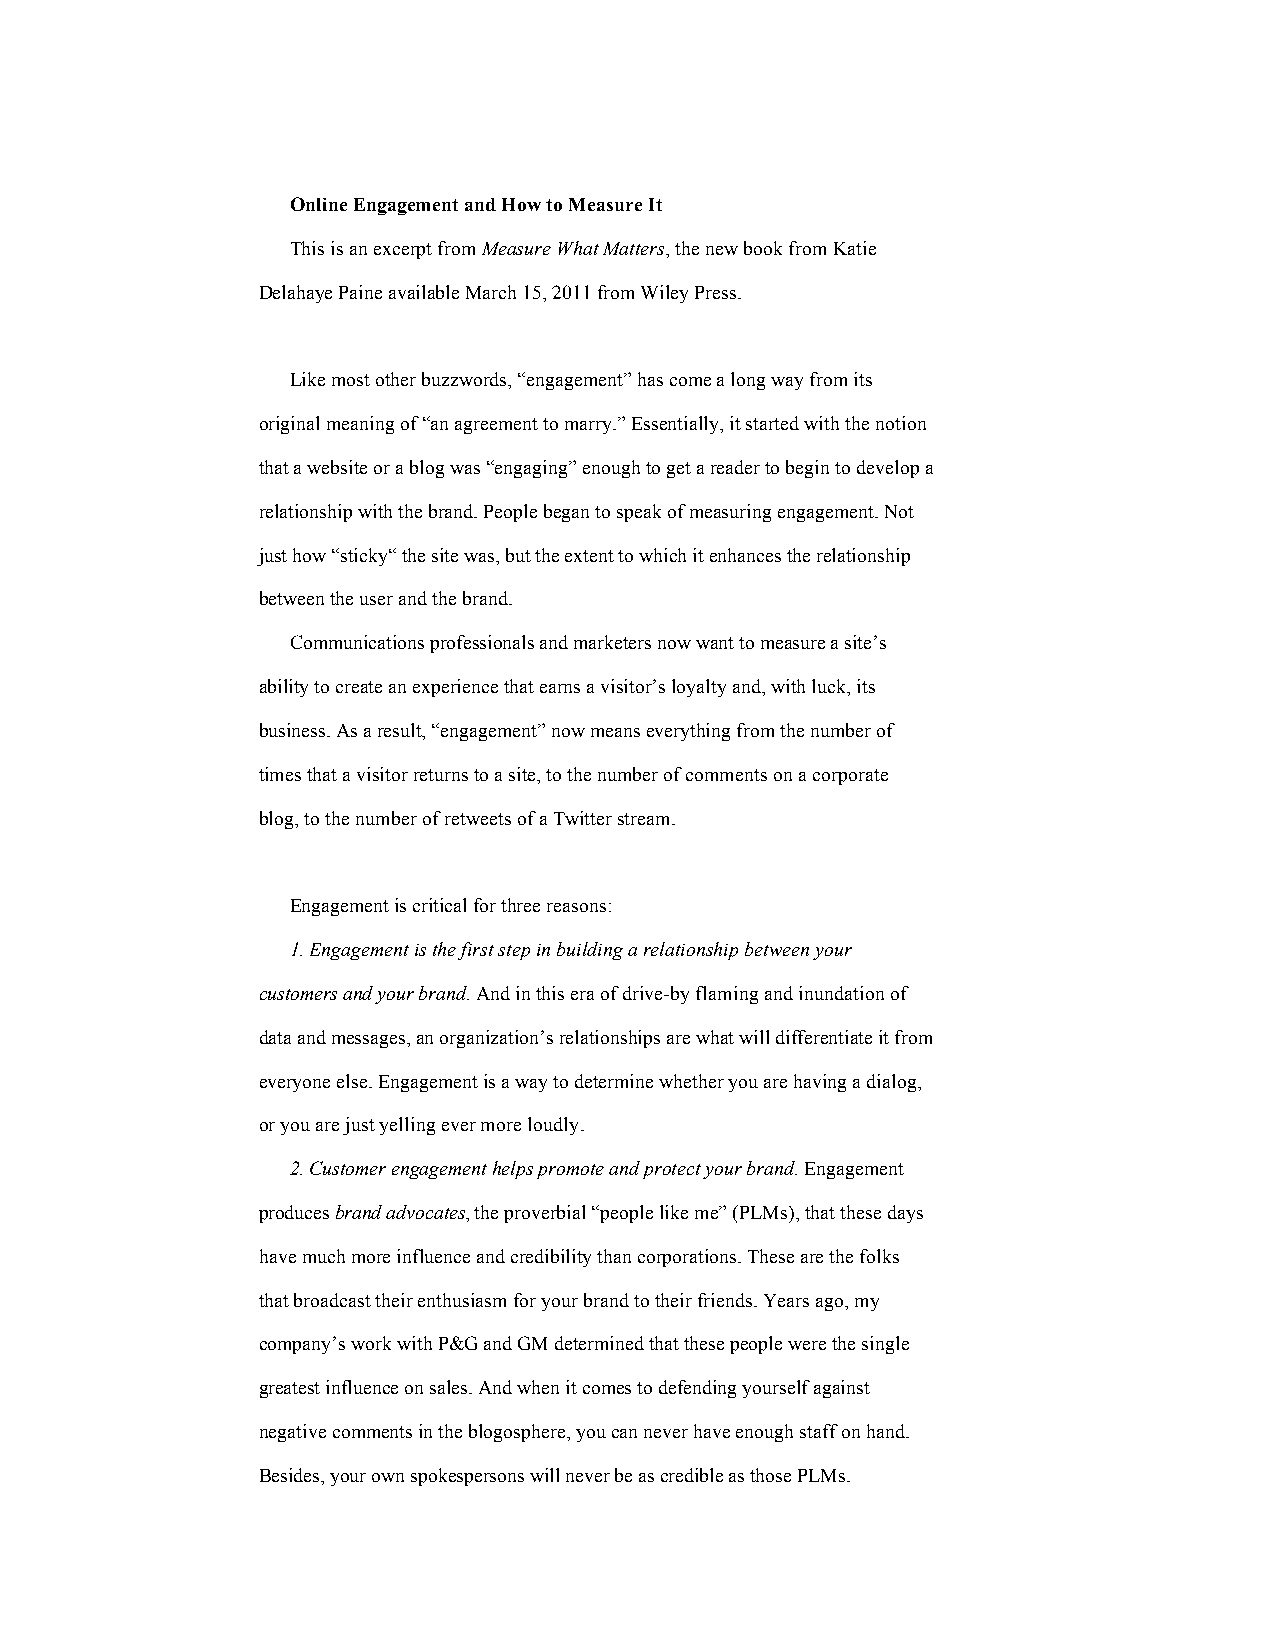
Online Engagement and How to Measure It
 This is an excerpt from Measure What Matters, the new book from Katie
 Delahaye Paine available March 15, 2011 from Wiley Press.
 Like most other buzzwords, “engagement” has come a long way from its
 original meaning of “an agreement to marry.” Essentially, it started with the notion
 that a website or a blog was “engaging” enough to get a reader to begin to develop a
 relationship with the brand. People began to speak of measuring engagement. Not
 just how “sticky“ the site was, but the extent to which it enhances the relationship
 between the user and the brand.
 Communications professionals and marketers now want to measure a site’s
 ability to create an experience that earns a visitor’s loyalty and, with luck, its
 business. As a result, “engagement” now means everything from the number of
 times that a visitor returns to a site, to the number of comments on a corporate
 blog, to the number of retweets of a Twitter stream.
 Engagement is critical for three reasons:
 1. Engagement is the first step in building a relationship between your
 customers and your brand. And in this era of drive-by flaming and inundation of
 data and messages, an organization’s relationships are what will differentiate it from
 everyone else. Engagement is a way to determine whether you are having a dialog,
 or you are just yelling ever more loudly.
 2. Customer engagement helps promote and protect your brand. Engagement
 produces brand advocates, the proverbial “people like me” (PLMs), that these days
 have much more influence and credibility than corporations. These are the folks
 that broadcast their enthusiasm for your brand to their friends. Years ago, my
 company’s work with P&G and GM determined that these people were the single
 greatest influence on sales. And when it comes to defending yourself against
 negative comments in the blogosphere, you can never have enough staff on hand.
 Besides, your own spokespersons will never be as credible as those PLMs.